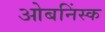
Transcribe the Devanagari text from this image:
ओबनिंस्क